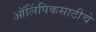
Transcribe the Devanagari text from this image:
ऑलिंपिकसाठीचे